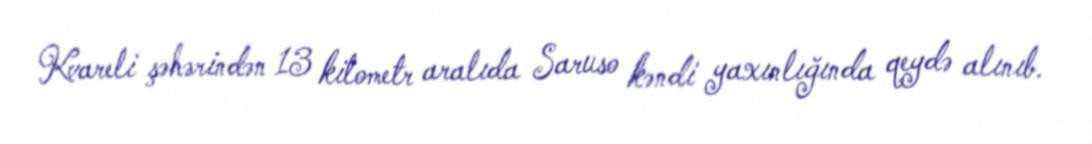
Kvareli şəhərindən 13 kilometr aralıda Saruso kəndi yaxınlığında qeydə alınıb.